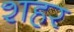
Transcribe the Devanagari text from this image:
श्‍ाहर